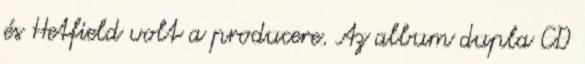
és Hetfield volt a producere. Az album dupla CD